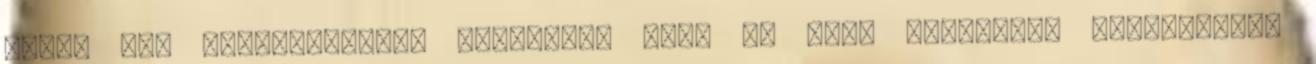
jutni más településekre dolgozni. Arra is nagy figyelmet fordítanék,